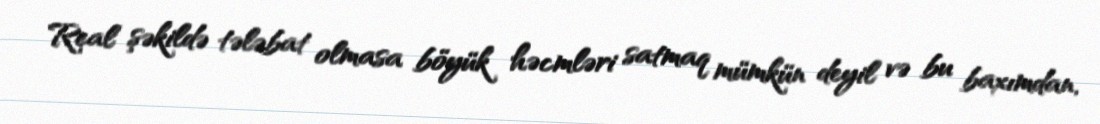
Real şəkildə tələbat olmasa böyük həcmləri satmaq mümkün deyil və bu baxımdan,